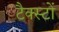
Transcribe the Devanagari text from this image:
टैक्स्टों